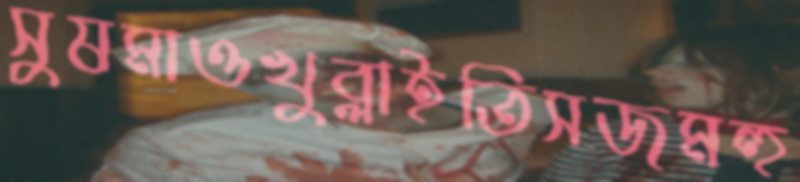
সুষমাওখুব্‌লাইতিসজমহু